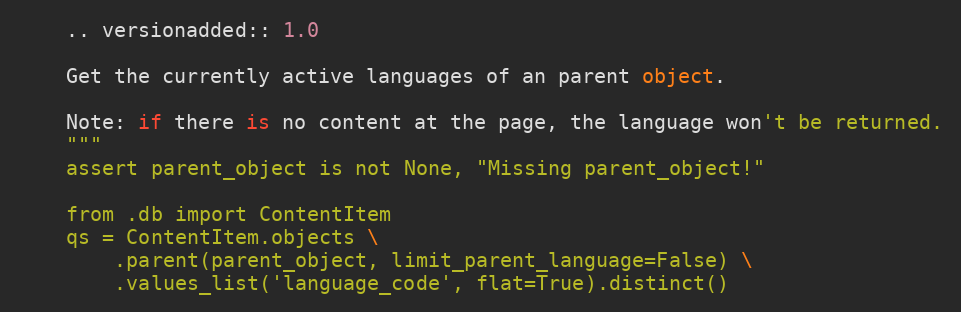
Language: Python
    .. versionadded:: 1.0

    Get the currently active languages of an parent object.

    Note: if there is no content at the page, the language won't be returned.
    """
    assert parent_object is not None, "Missing parent_object!"

    from .db import ContentItem
    qs = ContentItem.objects \
        .parent(parent_object, limit_parent_language=False) \
        .values_list('language_code', flat=True).distinct()